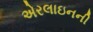
એરલાઇનની